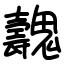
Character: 魗